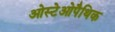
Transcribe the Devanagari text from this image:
ओस्टेओपैथिक